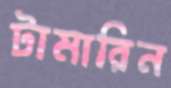
টামারিন